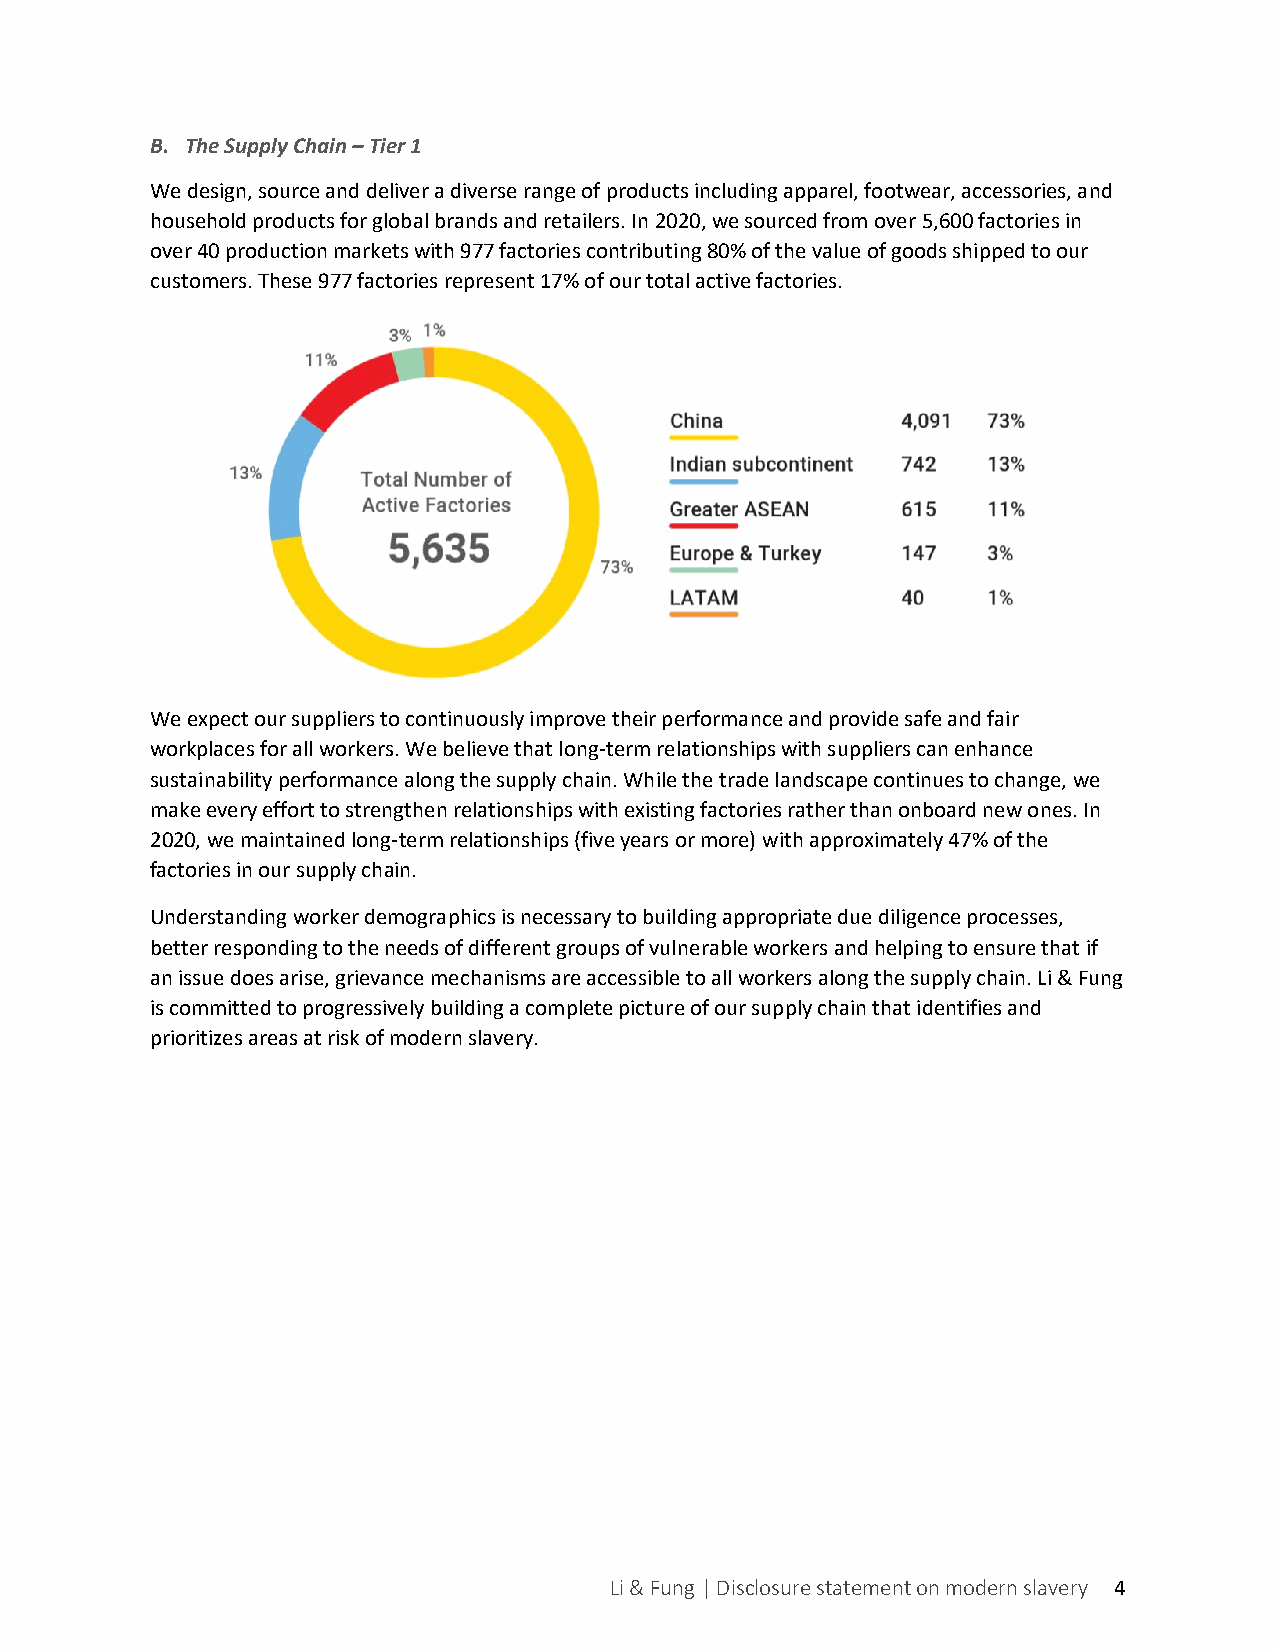
B. The Supply Chain – Tier 1
 We design, source and deliver a diverse range of products including apparel, footwear, accessories, and
 household products for global brands and retailers. In 2020, we sourced from over 5,600 factories in
 over 40 production markets with 977 factories contributing 80% of the value of goods shipped to our
 customers. These 977 factories represent 17% of our total active factories.
 We expect our suppliers to continuously improve their performance and provide safe and fair
 workplaces for all workers. We believe that long-term relationships with suppliers can enhance
 sustainability performance along the supply chain. While the trade landscape continues to change, we
 make every effort to strengthen relationships with existing factories rather than onboard new ones. In
 2020, we maintained long-term relationships (five years or more) with approximately 47% of the
 factories in our supply chain.
 Understanding worker demographics is necessary to building appropriate due diligence processes,
 better responding to the needs of different groups of vulnerable workers and helping to ensure that if
 an issue does arise, grievance mechanisms are accessible to all workers along the supply chain. Li & Fung
 is committed to progressively building a complete picture of our supply chain that identifies and
 prioritizes areas at risk of modern slavery.
 Li & Fung | Disclosure statement on modern slavery 4